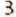
3